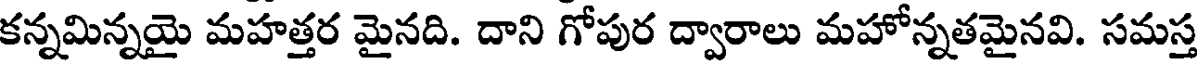
కన్నమిన్నయై మహత్తర మైనది. దాని గోపుర ద్వారాలు మహోన్నతమైనవి. సమస్త